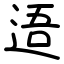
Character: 逜